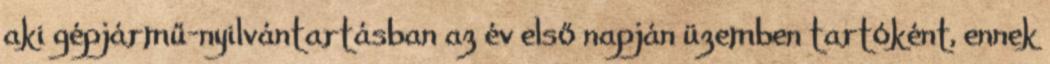
aki gépjármű-nyilvántartásban az év első napján üzemben tartóként, ennek